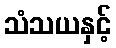
သံသယနှင့်